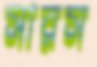
সারস